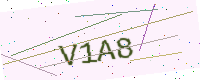
Text: V1A8